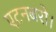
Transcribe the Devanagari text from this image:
एटनबरो।